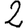
Digit: 2